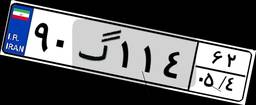
۹۰گ۱۱۴۶۲